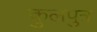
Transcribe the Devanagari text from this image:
कुलपुत्र